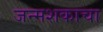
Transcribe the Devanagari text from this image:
जन्मशकाचा